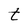
Character: t